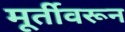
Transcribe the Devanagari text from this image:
मूर्तीवरून